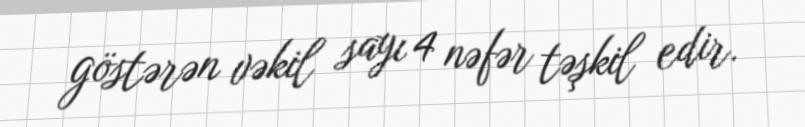
göstərən vəkil sayı 4 nəfər təşkil edir.